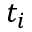
t _ { i }